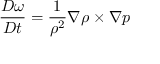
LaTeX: { \frac { D \omega } { D t } } = { \frac { 1 } { \rho ^ { 2 } } } \nabla \rho \times \nabla p